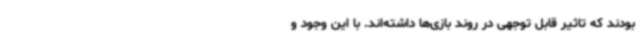
بودند که تاثیر قابل توجهی در روند بازی‌ها داشته‌اند. با این وجود و